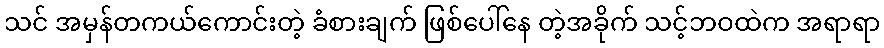
သင် အမှန်တကယ်ကောင်းတဲ့ ခံစားချက် ဖြစ်ပေါ်နေ တဲ့အခိုက် သင့်ဘဝထဲက အရာရာ